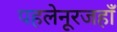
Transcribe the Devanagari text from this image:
पहलेनूरजहाँ